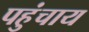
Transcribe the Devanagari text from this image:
पहुंचाय